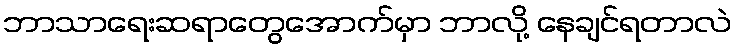
ဘာသာရေးဆရာတွေအောက်မှာ ဘာလို့ နေချင်ရတာလဲ